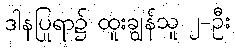
ဒါနပြုရာ၌ ထူးချွန်သူ ၂-ဦး